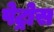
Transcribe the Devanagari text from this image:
पेट्रोस